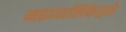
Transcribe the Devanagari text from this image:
महापालिकेद्वारे